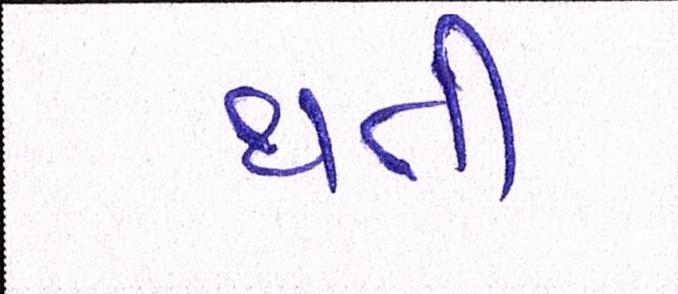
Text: થતી